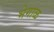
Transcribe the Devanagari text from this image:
भेगाळ